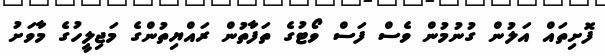
ފޮށިތައް އަލުން ގުނުމުން ވެސް ފަސް ވޯޓުގެ ތަފާތުން ރައްޔިތުންގެ މަޖިލީހުގެ މާވަށު